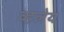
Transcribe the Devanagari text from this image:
व्हलेय